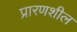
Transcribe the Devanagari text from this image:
प्रारणशील